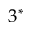
3 ^ { * }